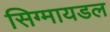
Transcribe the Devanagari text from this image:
सिग्मायडल